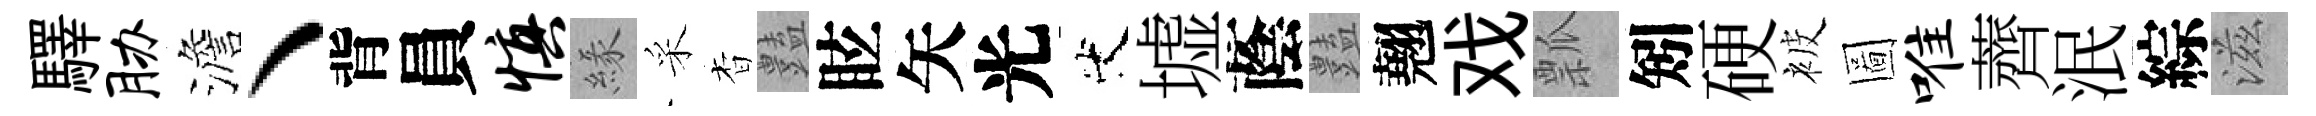
驛胁澹丶背員慎緣采杳𧰟眩矢光代墟蔭𧰟翹戏瓢矧硬被圖唯薺泯綜滋